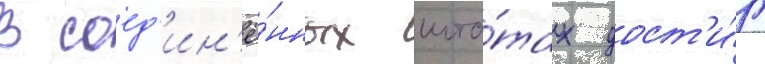
В соед'ин'ё́нных шта́тах дост'и́г